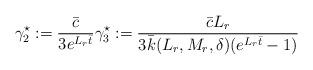
LaTeX: \begin{align*}\begin{aligned}\gamma_2^\star := \dfrac{\bar c}{3 e^{ L_r \bar{t}}}\gamma_3^\star := \dfrac{\bar c L_r }{3 \bar k(L_r,M_r, \delta) (e^{ L_r \bar{t}}-1)}\end{aligned}\end{align*}